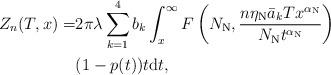
LaTeX: \begin{align*}Z_{n}(T,x)=&2\pi\lambda\sum_{k=1}^{4} b_k \int_{x}^{\infty}F\left(N_\mathrm{N},\frac{n\eta_\mathrm{N}\bar{a}_kTx^{\alpha_\mathrm{N}}}{N_\mathrm{N}t^{\alpha_\mathrm{N}}}\right)\\&(1-p(t))t\mathrm{d}t,\end{align*}